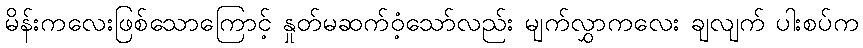
မိန်းကလေးဖြစ်သောကြောင့် နှုတ်မဆက်ဝံ့သော်လည်း မျက်လွှာကလေး ချလျက် ပါးစပ်က